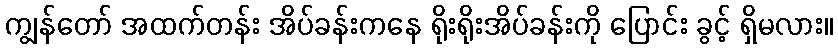
ကျွန်တော် အထက်တန်း အိပ်ခန်းကနေ ရိုးရိုးအိပ်ခန်းကို ပြောင်း ခွင့် ရှိမလား။